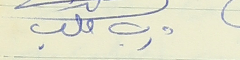
ديب ملعب